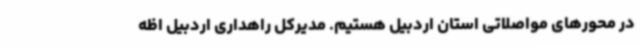
در محورهای مواصلاتی استان اردبیل هستیم. مدیرکل راهداری اردبیل اظه